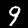
Label: 9